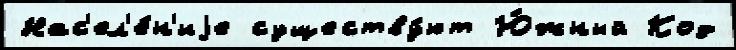
Нас'ел'е́н'иjе существу́ют Ю́жный Код